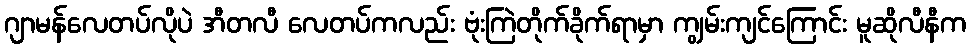
ဂျာမန်လေတပ်လိုပဲ အီတလီ လေတပ်ကလည်း ဗုံးကြဲတိုက်ခိုက်ရာမှာ ကျွမ်းကျင်ကြောင်း မူဆိုလီနီက